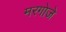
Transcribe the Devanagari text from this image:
मरगोजे